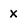
Character: X